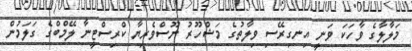
މަލާލާގެ ވާހަކަ ވަނީ އިނގިރޭސި ވިލާތުގެ މަޝްހޫރު ނޫސްވެރިޔާ ކްރިސްޓީނާ ލޭމްބްގެ ގަލަމުން